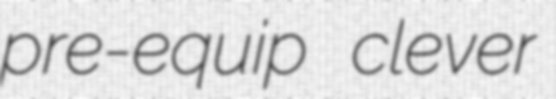
pre-equip clever